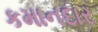
કમાનદાર